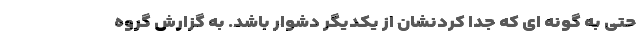
حتی به گونه ای که جدا کردنشان از یکدیگر دشوار باشد. به گزارش گروه